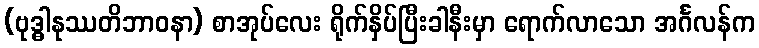
(ဗုဒ္ဓါနုဿတိဘာဝနာ) စာအုပ်လေး ရိုက်နှိပ်ပြီးခါနီးမှာ ရောက်လာသော အင်္ဂလန်က